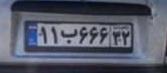
۱۱ب۶۶۶۳۲